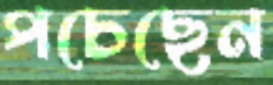
পচেছেন